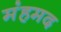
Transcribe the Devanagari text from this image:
मंहमद